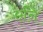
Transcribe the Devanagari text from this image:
एनि